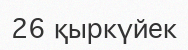
26 қыркүйек